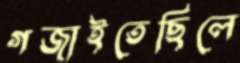
গজাইতেছিলে